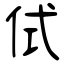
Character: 侙